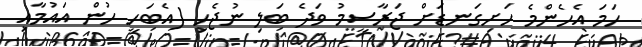
ހަމަ އެހެންމެ ހަށިގަނޑަށް ޖަރާސީމު ވަދެ ބަލި ނުޖެހި (އެބަހީ ހުން އައުމާއި